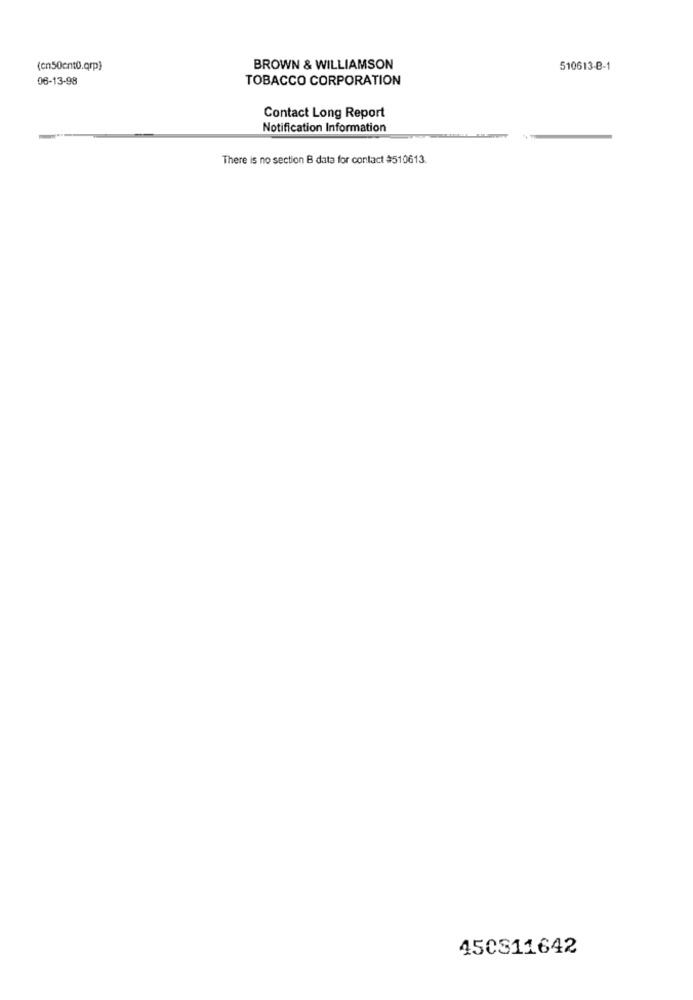
(cn50ent0.qrp)
BROWN & WILLIAMSON
510613-B-1
06-13-98
TOBACCO CORPORATION
Contact Long Report
Notification Information
There is no section B data for contact $510613.
450311642